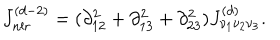
J _ { n l r } ^ { ( d - 2 ) } = ( \partial _ { 1 2 } ^ { 2 } + \partial _ { 1 3 } ^ { 2 } + \partial _ { 2 3 } ^ { 2 } ) J _ { \nu _ { 1 } \nu _ { 2 } \nu _ { 3 } } ^ { ( d ) } .